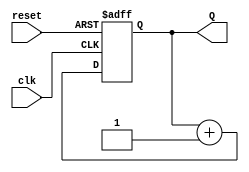
module binary_counter #(
    parameter N = 3 // Number of bits for the counter
)(
    input wire clk,          // Clock input
    input wire reset,        // Reset input (active high)
    output reg [N-1:0] Q     // Counter output
);

// Sequential Logic: 

always @(posedge clk or posedge reset) begin
    if (reset) begin
        Q <= 0; // Reset the counter to zero
    end else begin
        Q <= Q + 1; // Increment the counter
    end
end

endmodule